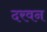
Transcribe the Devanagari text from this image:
दरवन